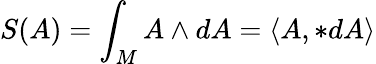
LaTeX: S(A)=\int_{M}A\wedge dA=\langle A,*dA\rangle